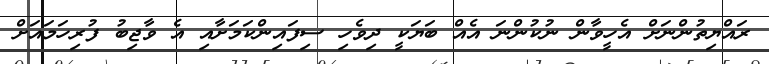
ރައްޔިތުންނަށް އެހީވާން ނުކުންނަ އެއް ބަޔަކީ ދިވެހި ސިފައިންކަމަށާއި އެ ވާޖިބު ފުރިހަމައަށް